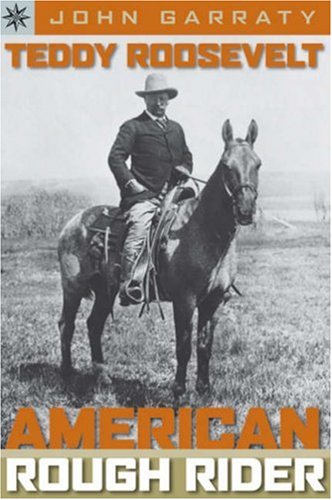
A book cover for Teddy Roosevelt: American Rough Rider; John Garraty; Teen & Young Adult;